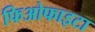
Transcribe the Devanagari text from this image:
फिओफाइटा